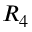
R _ { 4 }